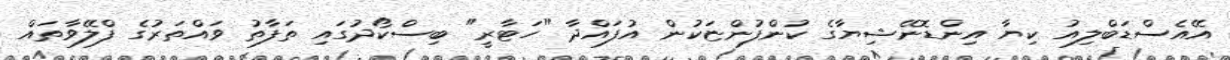
އޭއެސްޑަބްލިއު ކިޔާ އިންޑޮނޭޝިޔާގެ ކުންފުންޏަކުން އުފައްދާ "ހަޓާރީ" ބިސްކޯދުގައި ތަފާތު ވައްތަރުގެ ފްލޭވާތައް